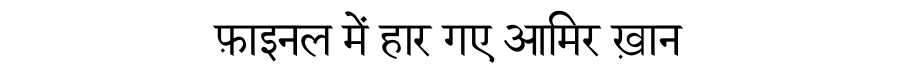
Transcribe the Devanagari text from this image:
फ़ाइनल में हार गए आमिर ख़ान